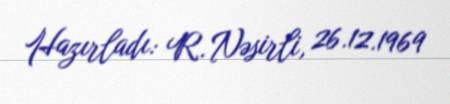
Hazırladı: R. Nəsirli, 26.12.1969